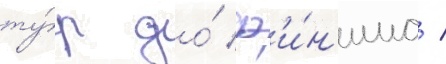
ту́р до́ ф'и́н'иша /